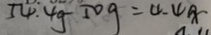
5 4 . 4 g - 5 0 g = 4 . 4 g